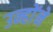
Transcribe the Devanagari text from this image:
उन्हाेंने